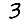
Digit: 3